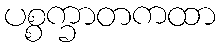
ပစ္စက္ခာတကထာ